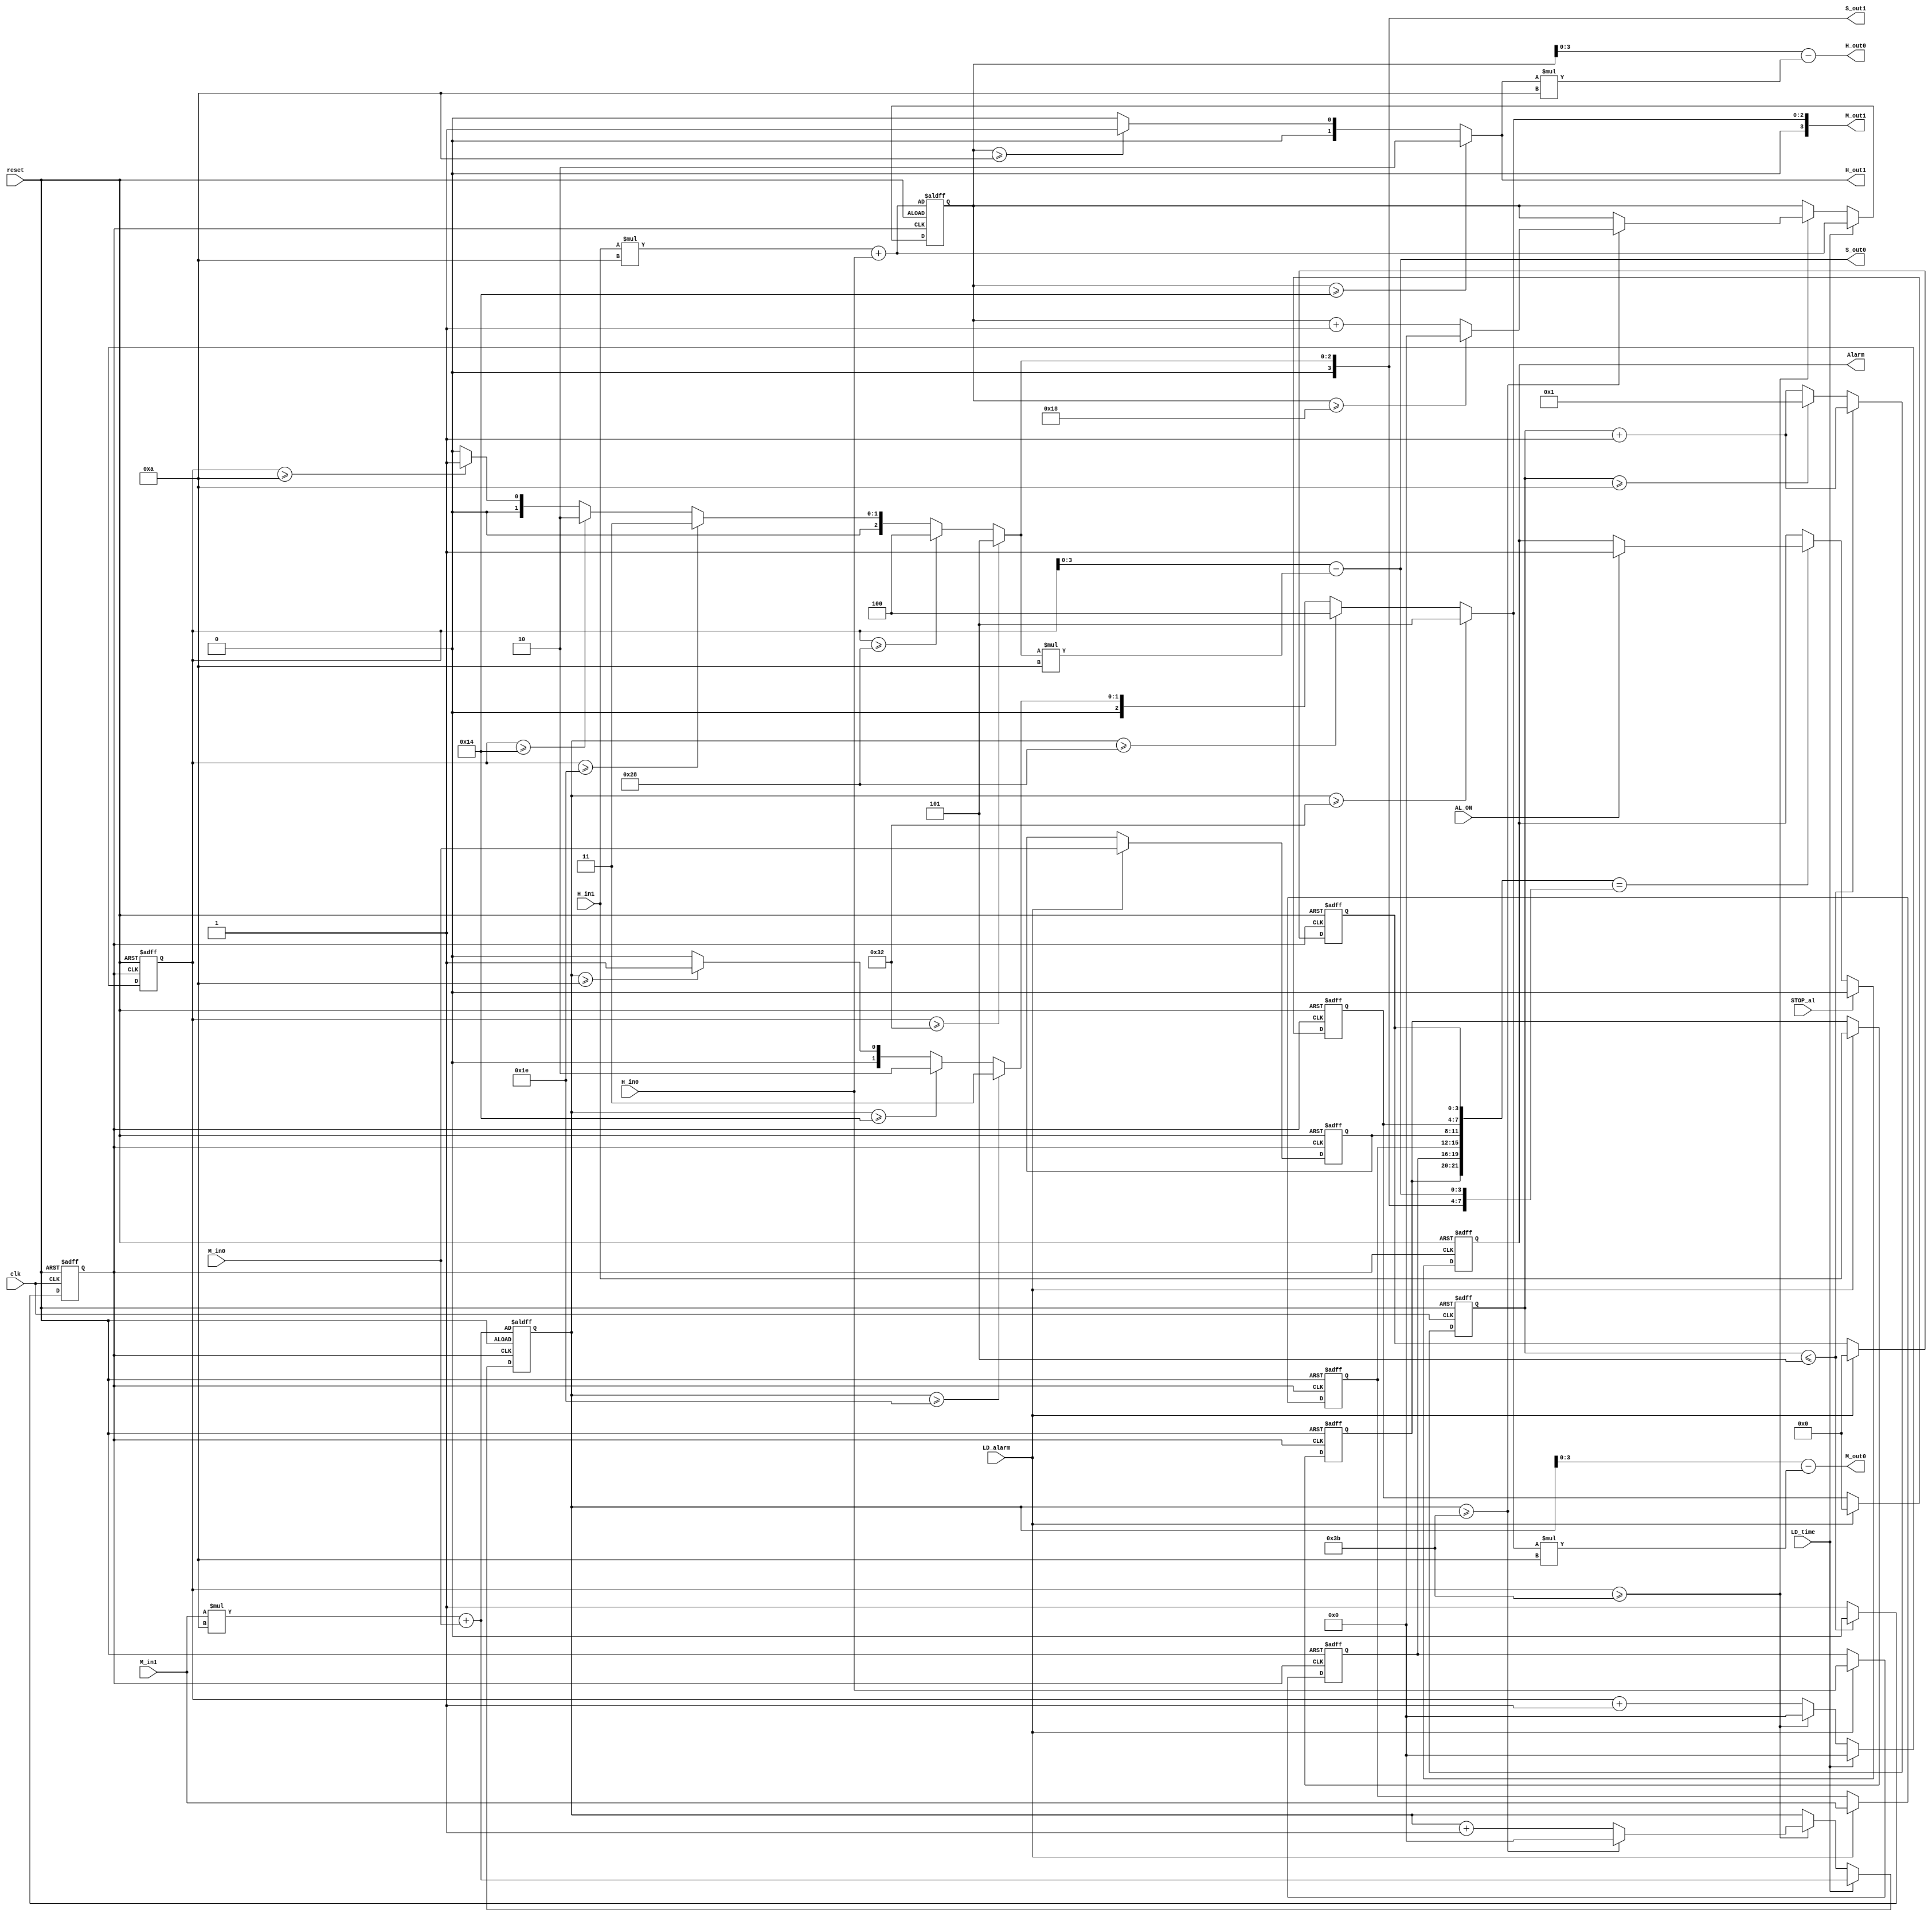
module aclock (
 input reset,  /* Active high reset pulse, to set the time to the input hour and minute (as defined by the H_in1, H_in0, M_in1, and M_in0 inputs) and the second to 00. It should also set the alarm value to 0.00.00, and to set the Alarm (output) low.For normal operation, this input pin should be 0*/
 input clk,  /* A 10Hz input clock. This should be used to generate each real-time second*/
 input [1:0] H_in1, /*A 2-bit input used to set the most significant hour digit of the clock (if LD_time=1),or the most significant hour digit of the alarm (if LD_alarm=1). Valid values are 0 to 2. */ 
 input [3:0] H_in0, /* A 4-bit input used to set the least significant hour digit of the clock (if LD_time=1),or the least significant hour digit of the alarm (if LD_alarm=1). Valid values are 0 to 9.*/
 input [3:0] M_in1, /*A 4-bit input used to set the most significant minute digit of the clock (if LD_time=1),or the most significant minute digit of the alarm (if LD_alarm=1). Valid values are 0 to 5.*/
 input [3:0] M_in0, /*A 4-bit input used to set the least significant minute digit of the clock (if LD_time=1),or the least significant minute digit of the alarm (if LD_alarm=1). Valid values are 0 to 9. */
 input LD_time,  /* If LD_time=1, the time should be set to the values on the inputs H_in1, H_in0, M_in1, and M_in0. The second time should be set to 0.If LD_time=0, the clock should act normally (i.e. second should be incremented every 10 clock cycles).*/
 input   LD_alarm,  /* If LD_alarm=1, the alarm time should be set to the values on the inputs H_in1, H_in0, M_in1, and M_in0.If LD_alarm=0, the clock should act normally.*/ 
 input   STOP_al,  /* If the Alarm (output) is high, then STOP_al=1 will bring the output back low. */ 
 input   AL_ON,  /* If high, the alarm is ON (and Alarm will go high if the alarm time equals the real time). If low the the alarm function is OFF. */
 output reg Alarm,  /* This will go high if the alarm time equals the current time, and AL_ON is high. This will remain high, until STOP_al goes high, which will bring Alarm back low.*/
 output [1:0]  H_out1, 
/* The most significant digit of the hour. Valid values are 0 to 2. */
 output [3:0]  H_out0, 
/* The least significant digit of the hour. Valid values are 0 to 9. */
 output [3:0]  M_out1, 
/* The most significant digit of the minute. Valid values are 0 to 5.*/
 output [3:0]  M_out0, /* The least significant digit of the minute. Valid values are 0 to 9. */
 output [3:0]  S_out1, /* The most significant digit of the minute. Valid values are 0 to 5. */
 output [3:0]  S_out0  /* The least significant digit of the minute. Valid values are 0 to 9. */
 );

 // internal signal
 reg clk_1s; // 1-s clock
 reg [3:0] tmp_1s; // count for creating 1-s clock 
 reg [5:0] tmp_hour, tmp_minute, tmp_second; 
// counter for clock hour, minute and second
 reg [1:0] c_hour1,a_hour1; 
/* The most significant hour digit of the temp clock and alarm. */ 
 reg [3:0] c_hour0,a_hour0;
/* The least significant hour digit of the temp clock and alarm. */ 
 reg [3:0] c_min1,a_min1;
/* The most significant minute digit of the temp clock and alarm.*/ 
 reg [3:0] c_min0,a_min0;
/* The least significant minute digit of the temp clock and alarm.*/ 
 reg [3:0] c_sec1,a_sec1;
/* The most significant second digit of the temp clock and alarm.*/ 
 reg [3:0] c_sec0,a_sec0;
/* The least significant minute digit of the temp clock and alarm.*/ 
 
 /*****************function mod10******************/
 function [3:0] mod_10;
 input [5:0] number;
 begin
 mod_10 = (number >=50) ? 5 : ((number >= 40)? 4 :((number >= 30)? 3 :((number >= 20)? 2 :((number >= 10)? 1 :0))));
 end
 endfunction
  
 /************* Clock operation**************/

 always @(posedge clk_1s or posedge reset )
 begin
 if(reset) begin // reset high => alarm time to 00.00.00, alarm to low, clock to H_in and M_in and S to 00
 a_hour1 <= 2'b00;
 a_hour0 <= 4'b0000;
 a_min1 <= 4'b0000;
 a_min0 <= 4'b0000;
 a_sec1 <= 4'b0000;
 a_sec0 <= 4'b0000;
 tmp_hour <= H_in1*10 + H_in0;
 tmp_minute <= M_in1*10 + M_in0;
 tmp_second <= 0;
 end 
 else begin
 if(LD_alarm) begin // LD_alarm =1 => set alarm clock to H_in, M_in
 a_hour1 <= H_in1;
 a_hour0 <= H_in0;
 a_min1 <= M_in1;
 a_min0 <= M_in0;
 a_sec1 <= 4'b0000;
 a_sec0 <= 4'b0000;
 end 
 if(LD_time) begin // LD_time =1 => set time to H_in, M_in
 tmp_hour <= H_in1*10 + H_in0;
 tmp_minute <= M_in1*10 + M_in0;
 tmp_second <= 0;
 end 
 else begin  // LD_time =0 , clock operates normally
 tmp_second <= tmp_second + 1;
 if(tmp_second >=59) begin // second > 59 then minute increases
 tmp_minute <= tmp_minute + 1;
 tmp_second <= 0;
 if(tmp_minute >=59) begin // minute > 59 then hour increases
 tmp_minute <= 0;
 tmp_hour <= tmp_hour + 1;
 if(tmp_hour >= 24) begin // hour > 24 then set hour to 0
 tmp_hour <= 0;
 end 
 end 
 end

 end 
 end 
 end 
 
 /******** Create 1-second clock****************/
 
 always @(posedge clk or posedge reset)
 begin
 if(reset) 
 begin
 tmp_1s <= 0;
 clk_1s <= 0;
 end
 else begin
 tmp_1s <= tmp_1s + 1;
 if(tmp_1s <= 5) 
 clk_1s <= 0;
 else if (tmp_1s >= 10) begin
 clk_1s <= 1;
 tmp_1s <= 1;
 end
 else
 clk_1s <= 1;
 end
 end
 
 /***OUTPUT OF THE CLOCK**********************/ 
 
 always @(*) begin

 if(tmp_hour>=20) begin
 c_hour1 = 2;
 end
 else begin
 if(tmp_hour >=10) 
 c_hour1  = 1;
 else
 c_hour1 = 0;
 end
 c_hour0 = tmp_hour - c_hour1*10; 
 c_min1 = mod_10(tmp_minute); 
 c_min0 = tmp_minute - c_min1*10;
 c_sec1 = mod_10(tmp_second);
 c_sec0 = tmp_second - c_sec1*10; 
 end
 
 assign H_out1 = c_hour1; // the most significant hour digit of the clock
 assign H_out0 = c_hour0; // the least significant hour digit of the clock
 assign M_out1 = c_min1; // the most significant minute digit of the clock
 assign M_out0 = c_min0; // the least significant minute digit of the clock
 assign S_out1 = c_sec1; // the most significant second digit of the clock
 assign S_out0 = c_sec0; // the least significant second digit of the clock 

 
 /******** Alarm function******************/
 
 always @(posedge clk_1s or posedge reset) begin
 if(reset) 
 Alarm <=0; 
 else begin
 if({a_hour1,a_hour0,a_min1,a_min0,a_sec1,a_sec0}=={c_hour1,c_hour0,c_min1,c_min0,c_sec1,c_sec0})
 begin // if alarm time equals clock time, it will pulse high the Alarm signal with AL_ON=1
 if(AL_ON) Alarm <= 1; 
 end
 if(STOP_al) Alarm <=0; // when STOP_al = 1, push low the Alarm signal
 end
 end
 
endmodule